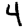
Digit: 4